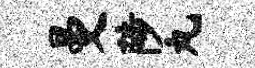
曼陟丸